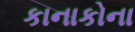
કાનાકોના